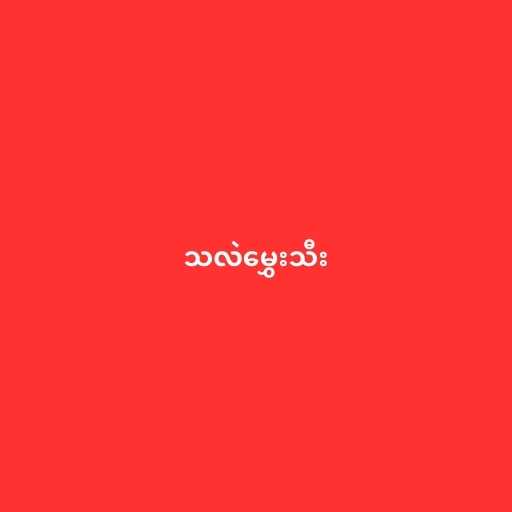
သလဲမွှေးသီး